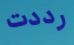
رددت